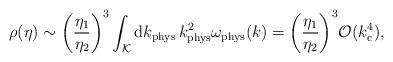
LaTeX: \begin{align*}\rho (\eta )\sim \biggl(\frac{\eta _1}{\eta _2}\biggr)^3\int_{\cal K} {\rm d}k_{\rm phys}\,k^2_{\rm phys}\omega _{\rm phys }(k)=\biggl(\frac{\eta _1}{\eta _2}\biggr)^3{\cal O}(k_{\rm c}^4),\end{align*}